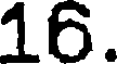
16.